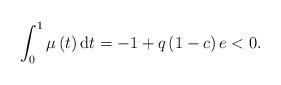
LaTeX: \begin{align*}\int_{0}^{1}\mu \left( t\right) \mathrm{d}t=-1+q\left( 1-c\right) e<0.\end{align*}